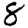
Digit: 8